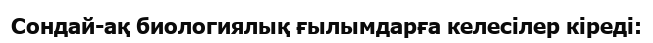
Сондай-ақ биологиялық ғылымдарға келесілер кіреді: